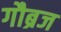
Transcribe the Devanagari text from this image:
गौब्रज